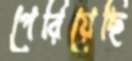
পেরিয়েছি